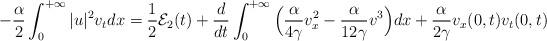
LaTeX: \begin{align*}-\frac{\alpha}{2}\int_0^{+\infty}|u|^2v_tdx=\frac12 \mathcal{E}_2(t) + \frac{d}{dt}\int_0^{+\infty}\Big(\frac{\alpha}{4\gamma}v_x^2 - \frac{\alpha}{12\gamma}v^3\Big)dx + \frac{\alpha}{2\gamma}v_x(0,t)v_t(0,t) \end{align*}